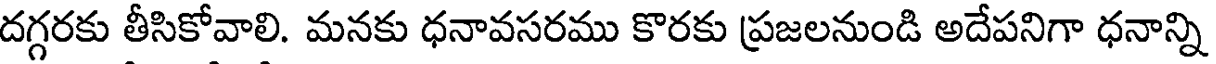
దగ్గరకు తీసికోవాలి. మనకు ధనావసరము కొరకు ప్రజలనుండి అదేపనిగా ధనాన్ని